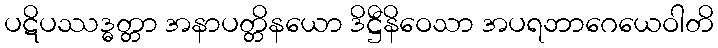
ပဋိပဿဒ္ဓတ္တာ အနာပတ္တိနယော ဒိဋ္ဌီနိဝေသာ အပရဘာဂေယေဝါတိ